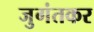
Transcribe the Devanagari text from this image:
जुगंतकर